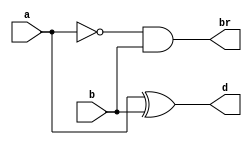
module hs(
input a,b,
output d,br
);
    assign d=a^b;
    assign br=~a&b;
endmodule